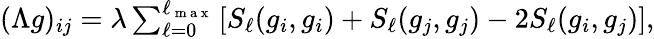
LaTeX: \begin{array}{r}{(\Lambda g)_{ij}=\lambda\sum_{\ell=0}^{\ell_{\mathrm{~m~a~x~}}}\left[S_{\ell}(g_{i},g_{i})+S_{\ell}(g_{j},g_{j})-2S_{\ell}(g_{i},g_{j})\right],}\end{array}